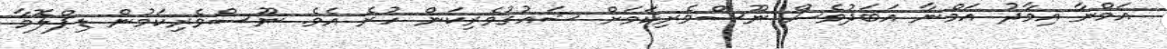
އަމްނާ އިމާދު އަމްނާ އަބަދުވެސް ނޫސްވެެރިކަމަށް ޝައުގުވެރިކަން ހުރެ އެވެ. ނޫސްވެރިކަމުން ޑިޕްލޮމާ